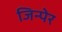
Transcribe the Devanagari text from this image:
जिन्पेर